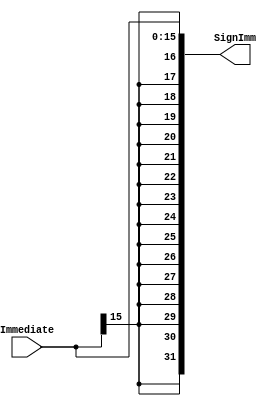
/*

	File name    : Imm_Sign_Extend
	LastEditors  : H
	LastEditTime : 2021-11-04 21:50:55
	Last Version : 1.0
	Description  : According to Sign bit, Extend Imm to 32bits
	
	----------------------------------------------------------------------------------------
	
	Author       : H
	Date         : 2021-11-03 21:01:39
	FilePath     : \MIPS_Pipeline\Imm_Sign_Extend.v
	Copyright 2021 H, All Rights Reserved. 

*/

module Imm_Sign_Extend(
    // User Interface
    input       [15:0]  Immediate,

    output      [31:0]  SignImm
);
    assign  SignImm = {{16{Immediate[15]}}, Immediate[15:0]};
endmodule